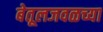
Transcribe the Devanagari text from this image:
बेतूलजवळच्या